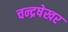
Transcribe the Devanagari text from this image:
चन्द्रषेखर